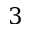
3